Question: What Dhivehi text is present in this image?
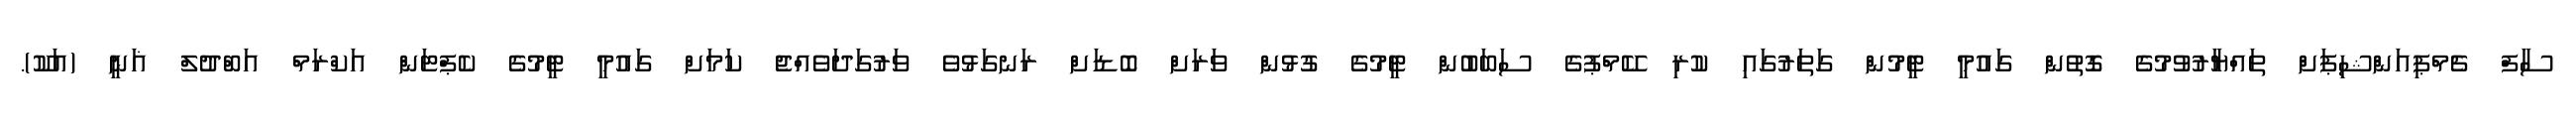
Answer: ސާފް ޗެމްޕިއަންޝިޕަށް ތައްޔާރުވުމުގެ ގޮތުން ގައުމީ ޓީމުން ގަތަރުގައި ކުރި ކޭމްޕުގެ ސަބަބުން ޓީމުގެ ގުޅުން ވަރަށް ބޮޑަށް ރަނގަޅުވެ ވަރުގަދަވެއްޖެ ކަމަށް ގައުމީ ޓީމުގެ ކެޕްޓަން އަކްރަމް އަބްދުލް ޣަނީ (އަކޫ).